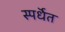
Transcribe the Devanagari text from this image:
स्पर्धॆत